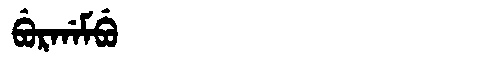
Manchu: ᠪᡠᡵᡤᠠᠮᠪᡠ
Romanization: BURGAMBU